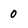
Character: 0